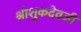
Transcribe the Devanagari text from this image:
श्रीशुकदेवजी